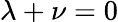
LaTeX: \lambda+\nu=0